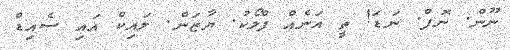
ނޫން. ނޮޕް. ނަޑަ! ތީ އަނެއް ފްލޯކު. ޔާޒަން. ލައިކް އައި ސެއިޑް